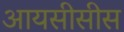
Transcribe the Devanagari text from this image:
आयसीसीस